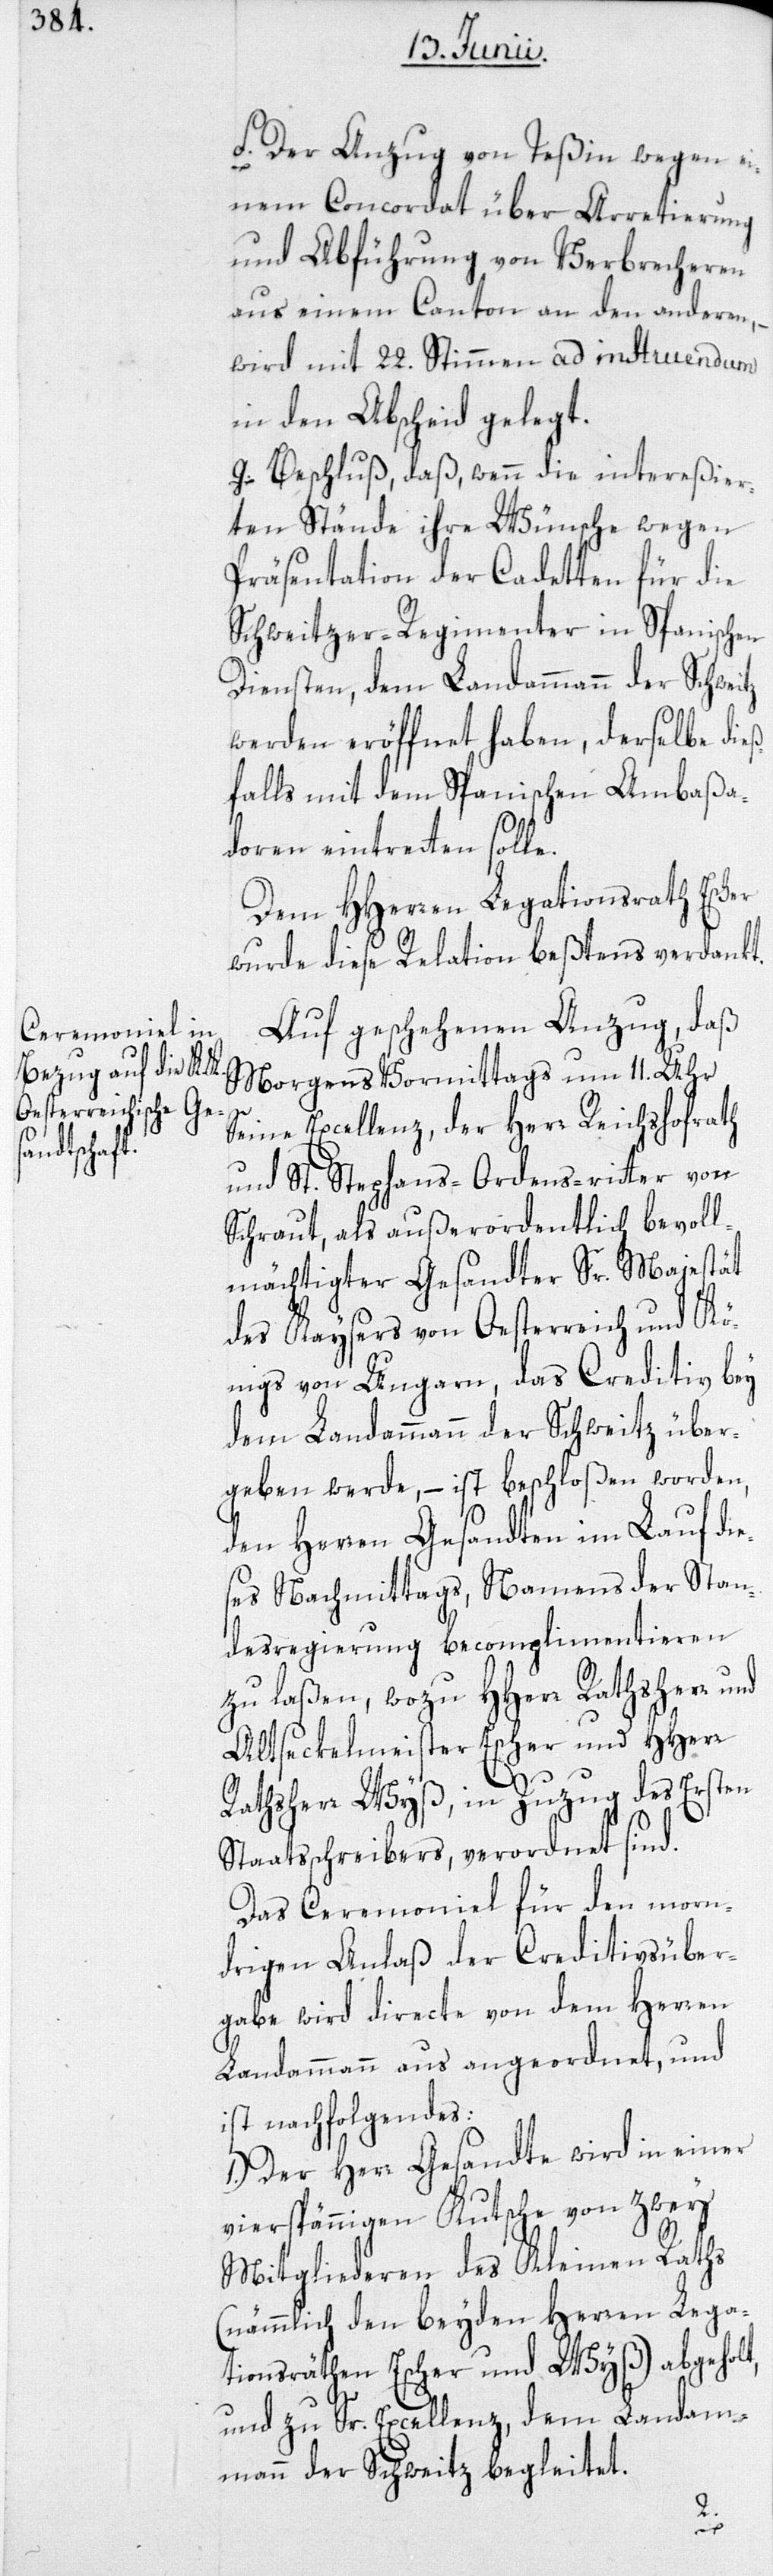
f. Der Anzug von Teßin wegen ei¬
nem Concordat über Arretierung
und Abführung von Verbrecheren
aus einem Canton in den anderen,
wird mit 22. Stimmen ad instruendum
in den Abscheid gelegt.
g. Beschluß, daß, wenn die intereßier¬
ten Stände ihre Wünsche wegen
Präsentation der Cadetten für die
Schweitzer-Regimenter in Spanischen
Diensten, dem Landammann der Schwei¬
werden eröffnet haben, derselbe die¬
ßfalls mit dem Spanischen Ambaßa¬
doren eintretten solle.
Dem HHerren Legationsrath Escher
wurde diese Relation beßtens verdankt.
Auf geschehenen Anzug, daß
Morgens Vormittags um 11. Uhr
Seine Excellenz, der Herr Reichshofrath
und St. Stephans-Ordens-ritter von
Schraut, als außerordentlich bevoll¬
mächtigter Gesandter Sr. Majestät
des Kaysers von Oesterreich und Kö¬
nigs von Ungarn, das Creditiv bey
dem Landammann der Schweitz über¬
geben werde, – ist beschloßen worden,
den Herren Gesandten im Lauf d¬
es Nachmittags, Namens der Stan¬
desregierung becomplimentieren
zu laßen, wozu HHerr Rathsherr und
Altseckelmeister Escher und HHerr
Rathsherr Wyß, in Zuzug des Ersten
Staatsschreibers, verordnet sind.
Das Ceremoniel für den morn¬
drigen Anlaß der Creditivsüber¬
gaabe wird directe von dem Herren
lt,
Landammann aus angeordnet, und
ist nachfolgendes:
1.) Der Herr Gesandte wird in einer
vierspännigen Kutsche von zwey
Mitgliederen des Kleinen Raths
(nämmlich den beyden Herren Lega¬
tionsräthen Escher und Wyß) abgeho¬
und zu Sr. Excellenz dem Landam¬
ies¬
ann